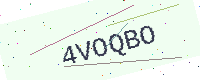
Text: 4VOQBO